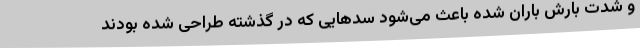
و شدت بارش باران شده باعث می‌شود سدهایی که در گذشته طراحی شده بودند